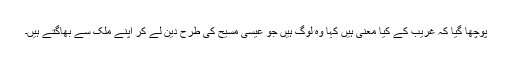
پوچھا گیا کہ غریب کے کیا معنی ہیں کہا وہ لوگ ہیں جو عیسیٰ مسیح کی طرح دین لے کر اپنے ملک سے بھاگتے ہیں۔